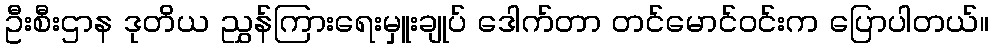
ဦးစီးဌာန ဒုတိယ ညွှန်ကြားရေးမှူးချုပ် ဒေါက်တာ တင်မောင်ဝင်းက ပြောပါတယ်။